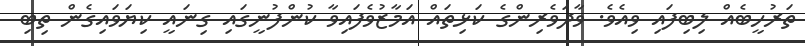
ތަރުހީބެއް ލިބިފައި ވިއެވެ. ވާދަވެރިންގެ ކަޅިތައް އަމާޒުވެފައިވާ ކުންފުނީގައި ގިނައީ ކިޔަވައިގެން ތިބި